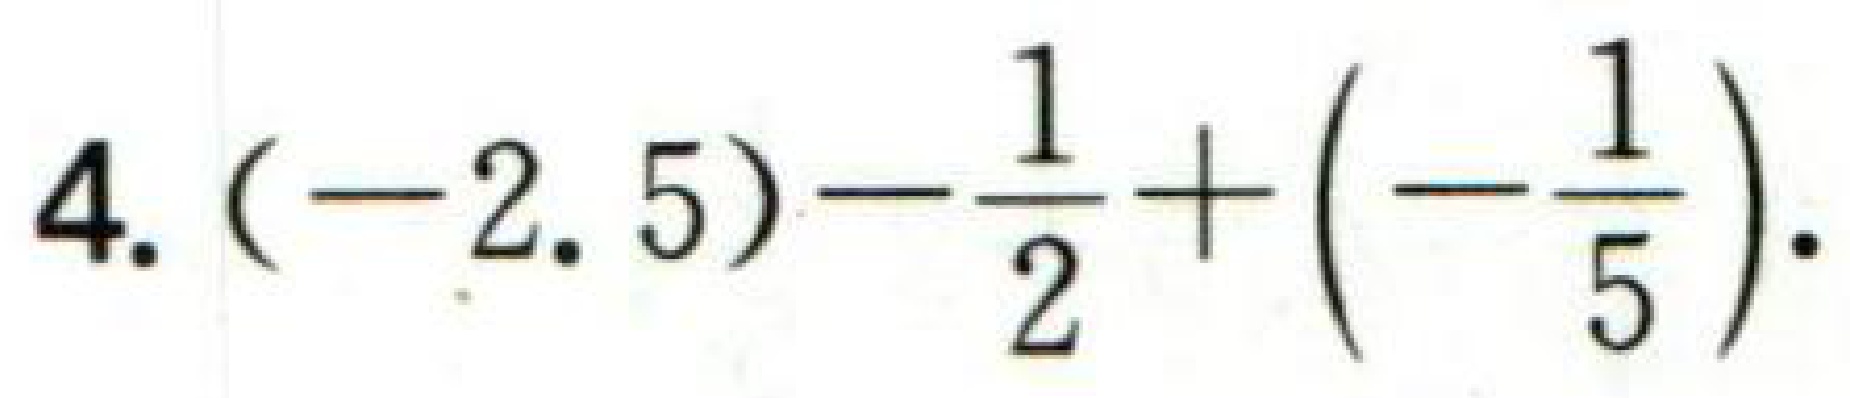
4. \((-2.5)-\frac{1}{2}+\left(-\frac{1}{5}\right)\).